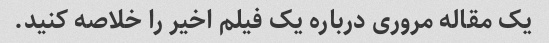
یک مقاله مروری درباره یک فیلم اخیر را خلاصه کنید.